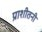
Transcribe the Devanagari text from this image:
प्राशीतनी